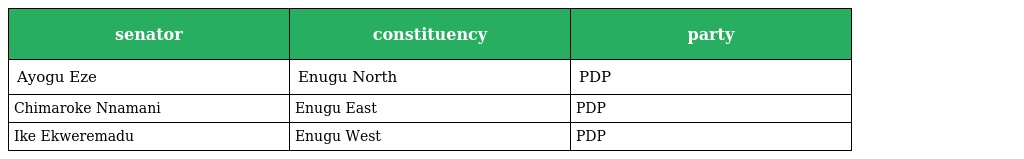
| senator | constituency | party |
 | --- | --- | --- |
 | Ayogu Eze | Enugu North | PDP |
 | Chimaroke Nnamani | Enugu East | PDP |
 | Ike Ekweremadu | Enugu West | PDP |